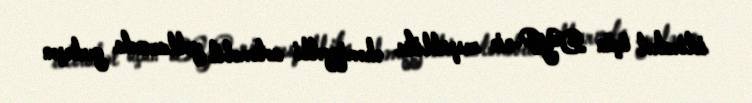
istirahət üçün DYP-nin respublika əhəmiyyətli avtomobil yollarında yerləşən